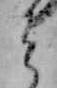
そ